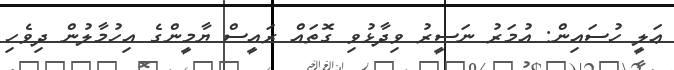
ޢަލީ ހުސައިން: އުމަރު ނަސީރު ވިދާޅުވި ގޮތައް ރައީސް ޔާމީންގެ އިހުމާލުން ދިވެހި